Report on vaccination in Madras 1904-1921 - 1904-1921
Year: 1904
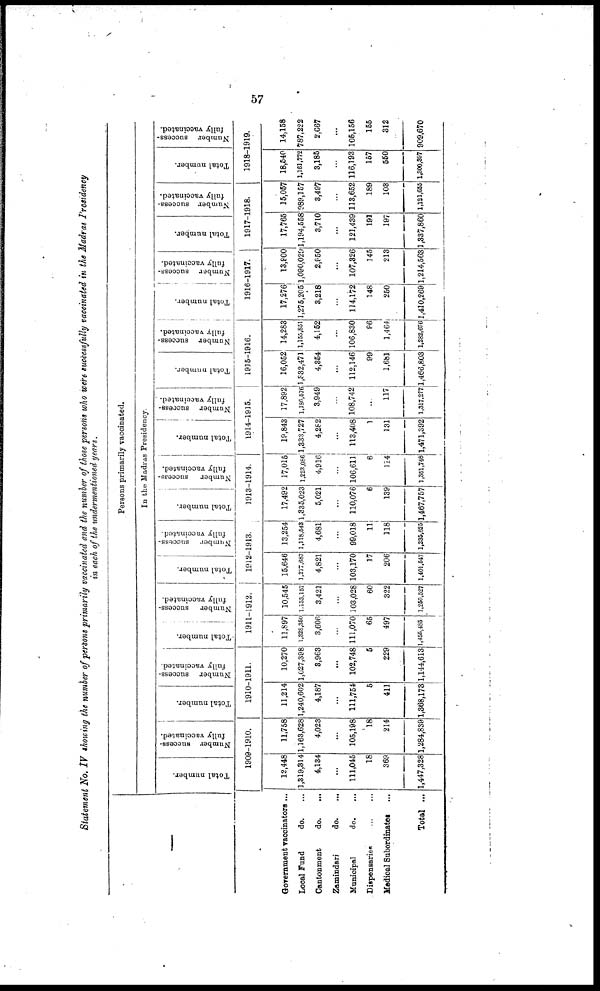
57
Statement No. IV showing the number of persons primarily vaccinated and the number of those persons who were successfully vaccinated in the Madras Presidency
in each of the undermentioned years.
—
Government vaccinators ...
Local Fund
do. ...
Cantonment
do.
...
Zamindari
do.
...
Municipal
do. ...
Dispensaries ... ...
Medical Subordinates ...
Total ...
Persons primarily vaccinated.
In the Madras Presidency.
Total number.
Number success-
fully vaccinated.
1909-1910.
12,448
1,319,314
4,134
...
111,045
18
369
1,447,328
11,758
1,163,628
4,023
...
105,198
18
214
1,284,839
Total number.
Number success-
fully vaccinated.
1910-1911.
11,214
1,240,602
4,187
...
111,754
5
411
1,368,173
10,270
1,027,398
3,963
...
102,748
5
229
1,144,613
Total number.
Number success-
fully vaccinated.
1911-1912.
11,897
1,328,360
3,606
...
111,070
65
497
1,455,485
10,545
1,133,157
3,421
...
103,028
60
322
1,250,527
Total number.
Number success-
fully vaccinated.
1912-1913.
15,646
1,277,687
4,821
...
103,170
17
206
1,401,547
13,254
1,118,543
4,681
...
99,018
11
118
1,235,625
Total number.
Number success-
fully vaccinated.
1913-1914.
17,492
1,335,023
5,021
...
110,076
6
139
1,467,757
17,015
1,223,086
4,916
...
106,611
6
114
1,351,748
Total number.
Number success-
fully vaccinated.
1914-1915.
19,843
1,333,727
4,282
...
113,408
1
131
1,471,392
17,892
1,186,576
3,949
...
108,742
...
117
1,317,277
Total number.
Number success-
fully vaccinated.
1915-1916.
16,052
1,332,471
4,354
...
112,146
99
1,681
1,466,803
14,283
1,155,851
4,152
...
106,830
96
1,464
1,282,676
Total number.
Number success-
fully vaccinated.
1916-1917.
17,276
1,275,205
3,218
...
114,172
148
250
1,410,269
13,800
l,090,029
2,950
...
107,326
145
213
1,214,563
Total number.
Number success-
fully vaccinated.
1917-1918.
17,765
1,194,558
3,710
...
121,439
191
197
1,337,860
15,057
989,157
3,497
...
113,652
189
103
1,121,655
Total number.
Number success-
fully vaccinated.
1918-1919.
18,540
1,161,772
3,185
...
116,193
157
550
1,300,397
14,158
787,222
2,667
...
105,156
155
312
909,670